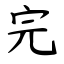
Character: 完